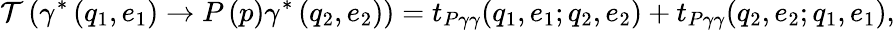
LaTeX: \mathcal{T}\left(\gamma^{\ast}\left(q_{1},e_{1}\right)\rightarrow P\left(p\right)\gamma^{\ast}\left(q_{2},e_{2}\right)\right)=t_{P\gamma\gamma}(q_{1},e_{1};q_{2},e_{2})+t_{P\gamma\gamma}(q_{2},e_{2};q_{1},e_{1}),